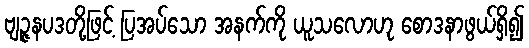
ဗျဉ္ဇနပဒတို့ဖြင့် ပြအပ်သော အနက်ကို ယူသလောဟု စောဒနာဖွယ်ရှိ၍